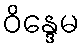
ဝိန္ဒေမ